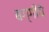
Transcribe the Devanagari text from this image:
बग्गीचे